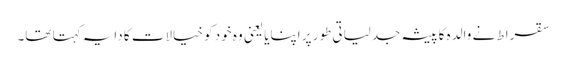
سقراط نے والدہ کا پیشہ جدلیاتی طور پر اپنایا یعنی وہ خود کو خیالات کا دایہ کہتا تھا۔